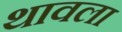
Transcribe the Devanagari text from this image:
थावला